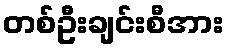
တစ်ဦးချင်းစီအား